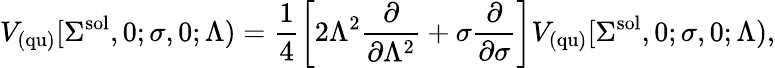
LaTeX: V_{\mathrm{(qu)}}[\Sigma^{\mathrm{sol}},0;\sigma,0;\Lambda)=\frac{1}{4}\left[2\Lambda^{2}\frac{\partial}{\partial\Lambda^{2}}+\sigma\frac{\partial}{\partial\sigma}\right]V_{\mathrm{(qu)}}[\Sigma^{\mathrm{sol}},0;\sigma,0;\Lambda),